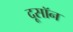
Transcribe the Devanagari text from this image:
दूसॉन